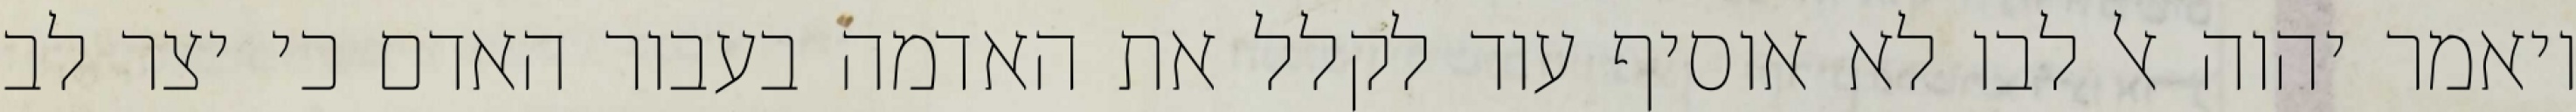
ויאמר יהוה אל לבו לא אוסיף עוד לקלל את האדמה בעבור האדם כי יצר לב